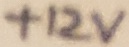
Text: +12V